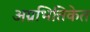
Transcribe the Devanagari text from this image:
अग्रभित्तिकेत